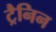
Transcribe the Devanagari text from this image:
ट्रैनिन